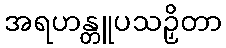
အရဟန္တူပသဉှိတာ